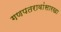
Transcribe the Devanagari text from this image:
गणपतरावांसारखा